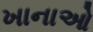
ખાનાઓ